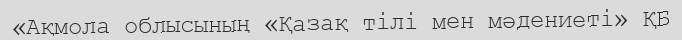
«Ақмола облысының «Қазақ тілі мен мәдениеті» ҚБ